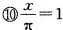
⑩$$\frac { x } { π } = 1$$